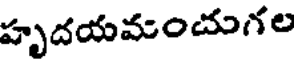
హృదయమందుగల